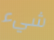
شيء